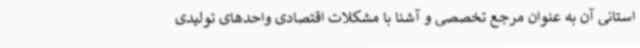
استانی آن به عنوان مرجع تخصصی و آشنا با مشکلات اقتصادی واحدهای تولیدی